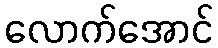
လောက်အောင်